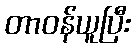
တာဝန်ယူပြီး